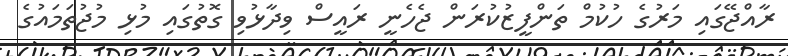
ރާއްޖޭގައި މަރުގެ ހުކުމް ތަންފީޒުކުރަން ޖެހެނީ ރައީސް ވިދާޅުވި ގޮތުގައި މުޅި މުޖުތަމައުގެ